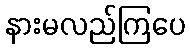
နားမလည်ကြပေ